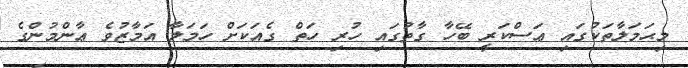
މިޙަމަލާތަކުގައި ޢަސްކަރީ ބޭހާ ގާތުގައި ހުރި ހަތް ގެއަކަށް ހަމަލާ އަމާޒުވެ ޢާންމުންގެ